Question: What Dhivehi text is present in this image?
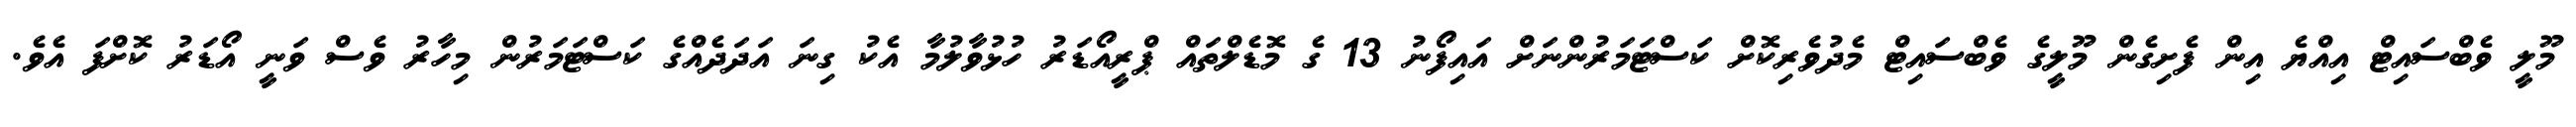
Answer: މޫލީ ވެބްސައިޓް އިއްޔެ އިން ފެށިގެން މޫލީގެ ވެބްސައިޓް މެދުވެރިކޮށް ކަސްޓަމަރުންނަށް އައިފޯނު 13 ގެ މޮޑެލްތައް ޕްރީއޯޑަރު ހުޅުވާލުމާ އެކު ގިނަ އަދަދެއްގެ ކަސްޓަމަރުން މިހާރު ވެސް ވަނީ އޯޑަރު ކޮށްފަ އެވެ.